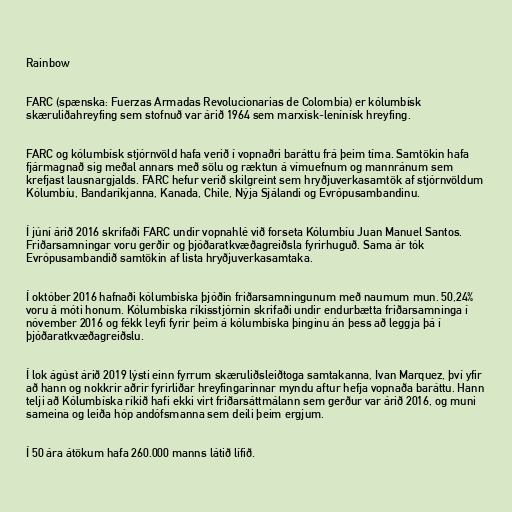
Rainbow

FARC (spænska: Fuerzas Armadas Revolucionarias de Colombia) er kólumbísk
skæruliðahreyfing sem stofnuð var árið 1964 sem marxísk-lenínísk hreyfing.

FARC og kólumbísk stjórnvöld hafa verið í vopnaðri baráttu frá þeim tíma. Samtökin hafa
fjármagnað sig meðal annars með sölu og ræktun á vímuefnum og mannránum sem
krefjast lausnargjalds. FARC hefur verið skilgreint sem hryðjuverkasamtök af stjórnvöldum
Kólumbíu, Bandaríkjanna, Kanada, Chile, Nýja Sjálandi og Evrópusambandinu.

Í júní árið 2016 skrifaði FARC undir vopnahlé við forseta Kólumbíu Juan Manuel Santos.
Friðarsamningar voru gerðir og þjóðaratkvæðagreiðsla fyrirhuguð. Sama ár tók
Evrópusambandið samtökin af lista hryðjuverkasamtaka.

Í október 2016 hafnaði kólumbíska þjóðin friðarsamningunum með naumum mun. 50,24%
voru á móti honum. Kólumbíska ríkisstjórnin skrifaði undir endurbætta friðarsamninga í
nóvember 2016 og fékk leyfi fyrir þeim á kólumbíska þinginu án þess að leggja þá í
þjóðaratkvæðagreiðslu.

Í lok ágúst árið 2019 lýsti einn fyrrum skæruliðsleiðtoga samtakanna, Ivan Marquez, því yfir
að hann og nokkrir aðrir fyrirliðar hreyfingarinnar myndu aftur hefja vopnaða baráttu. Hann
telji að Kólumbíska ríkið hafi ekki virt friðarsáttmálann sem gerður var árið 2016, og muni
sameina og leiða hóp andófsmanna sem deili þeim ergjum.

Í 50 ára átökum hafa 260.000 manns látið lífið.